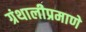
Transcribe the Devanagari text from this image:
ग्रंथालीप्रमाणे